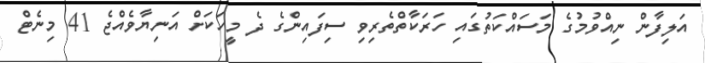
އަލިފާން ނިއްވުމުގެ މަސައްކަތުގައި ހަރަކާތްތެރިވި ސިފައިންގެ ދެ މީހަކަށް އަނިޔާވެއްޖެ 41 މިނެޓް